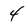
Character: 4